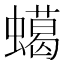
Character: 䗶